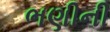
ભણીની